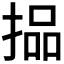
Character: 𪮐